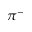
\pi ^ { - }